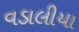
વડાલીયા